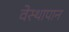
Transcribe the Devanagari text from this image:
वेस्थापान